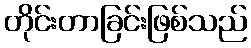
တိုင်းတာခြင်းဖြစ်သည်